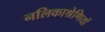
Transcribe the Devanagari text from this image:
नलिकाश्रेणियों